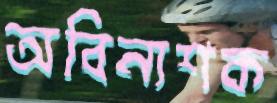
অবিনাশক